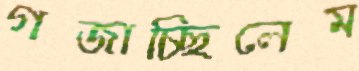
গজাচ্ছিলেম